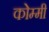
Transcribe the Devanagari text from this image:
कोम्मी